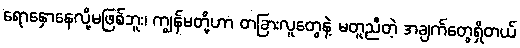
ရောနှောနေလို့မဖြစ်ဘူး၊ ကျွန်မတို့ဟာ တခြားလူတွေနဲ့ မတူညီတဲ့ အချက်တွေရှိတယ်